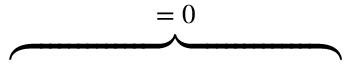
\overbrace { \phantom { \left. \sum _ { k = 1 } ^ { 3 } \varepsilon _ { 0 } \varepsilon _ { \infty , k } \tilde { E } _ { k } ( \mathrm { d } _ { \rho } E _ { k } ) \right| _ { 0 } ^ { T } } } ^ { = \; 0 }